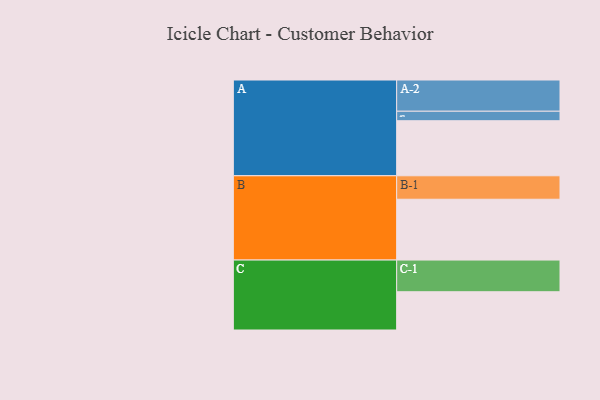
{"axis": {"x": "Segment", "y": "Value"}, "legend": ["", "A", "B", "C"], "data": [{"x": "A", "y": 469, "type": ""}, {"x": "B", "y": 518, "type": ""}, {"x": "C", "y": 326, "type": ""}, {"x": "A-1", "y": 81, "type": "A"}, {"x": "A-2", "y": 266, "type": "A"}, {"x": "B-1", "y": 200, "type": "B"}, {"x": "C-1", "y": 270, "type": "C"}]}